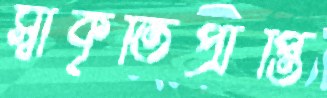
স্বীকৃতিপ্রাপ্তি